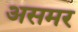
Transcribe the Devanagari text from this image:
असमर